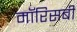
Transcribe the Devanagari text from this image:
मॉरिसबी